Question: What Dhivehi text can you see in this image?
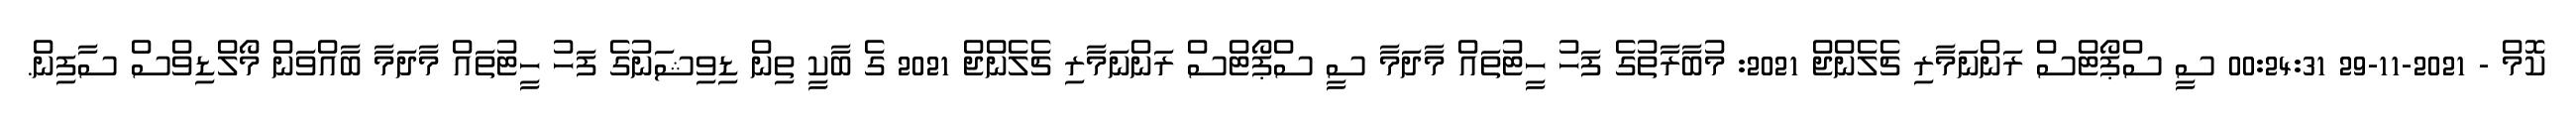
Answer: ކޮމް - 2021-11-29 00:24:31 ސީ ސްޕޯޓްސް ރަންނަމާރި ޗެލެންޖް 2021: މުބާރާތުގެ ފަހު ހީޓުތައް މާދަމާ ސީ ސްޕޯޓްސް ރަންނަމާރި ޗެލެންޖް 2021 ގެ ބާކީ ތިން ޑިވިޝަނުގެ ފަހު ހީޓުތައް މާދަމާ ބާއްވަން މޯލްޑިވްސް ސާފިން.